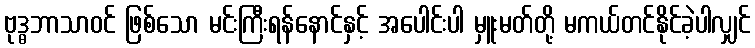
ဗုဒ္ဓဘာသာဝင် ဖြစ်သော မင်းကြီးရန်နောင်နှင့် အပေါင်းပါ မှူးမတ်တို့ မကယ်တင်နိုင်ခဲ့ပါလျှင်